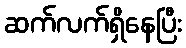
ဆက်လက်ရှိနေပြီး